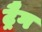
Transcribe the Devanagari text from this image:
ट्रैग